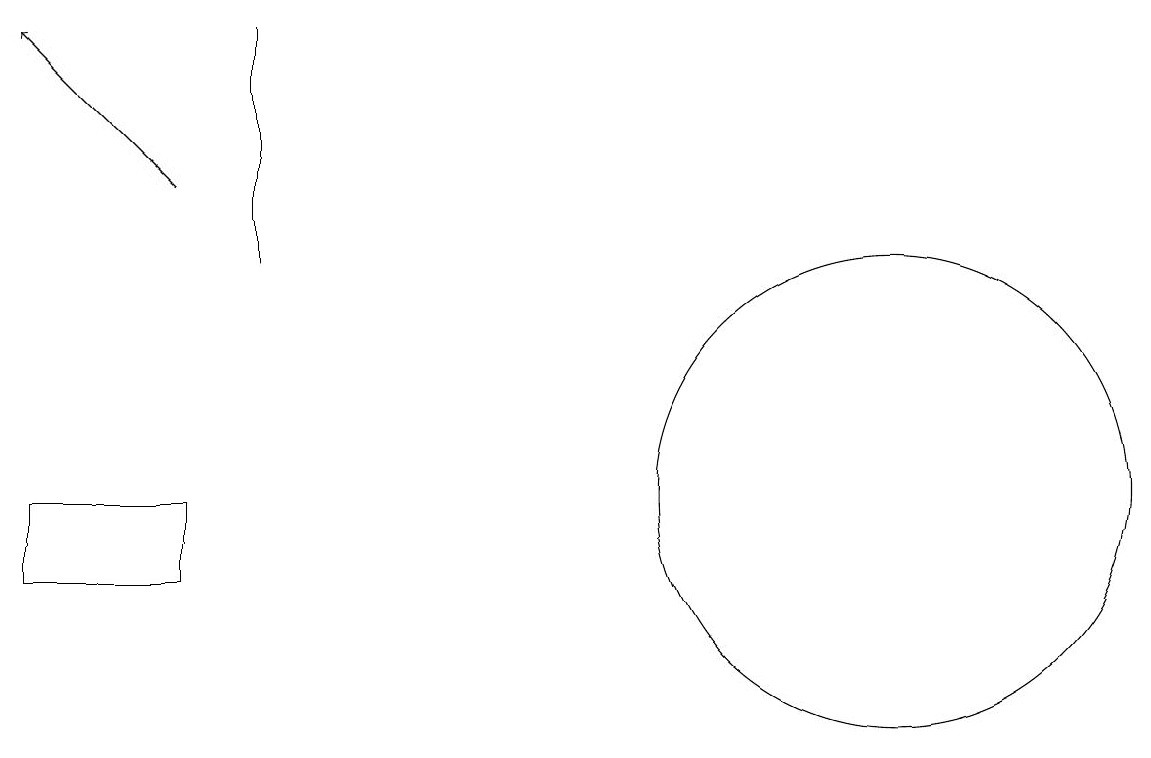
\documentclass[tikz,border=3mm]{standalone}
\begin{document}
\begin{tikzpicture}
\draw[->] (2,15) -- (0,17);
\draw (2,11) rectangle (0,10);
\draw (3,17) rectangle (3,14);
\draw (11,11) circle (3);
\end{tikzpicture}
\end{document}